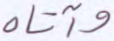
وآتاه